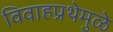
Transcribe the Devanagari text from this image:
विवाहप्रथेमुळे